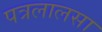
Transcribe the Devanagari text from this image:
पत्रलालसा